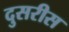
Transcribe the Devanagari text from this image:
दुसरीस